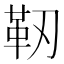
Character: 靭